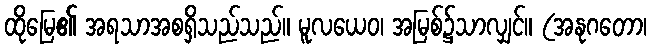
ထိုမြေ၏ အရသာအစရှိသည်သည်။ မူလယေဝ၊ အမြစ်၌သာလျှင်။ (အနုဂတော၊